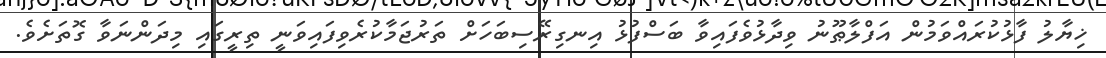
ޚިޔާލު ފާޅުކުރައްވަމުން އަފްލާޠޫނު ވިދާޅުވެފައިވާ ބަސްފުޅު އިނގިރޭސިބަހަށް ތަރުޖަމާކުރެވިފައިވަނީ ތިރީގައި މިދަންނަވާ ގޮތަށެވެ.